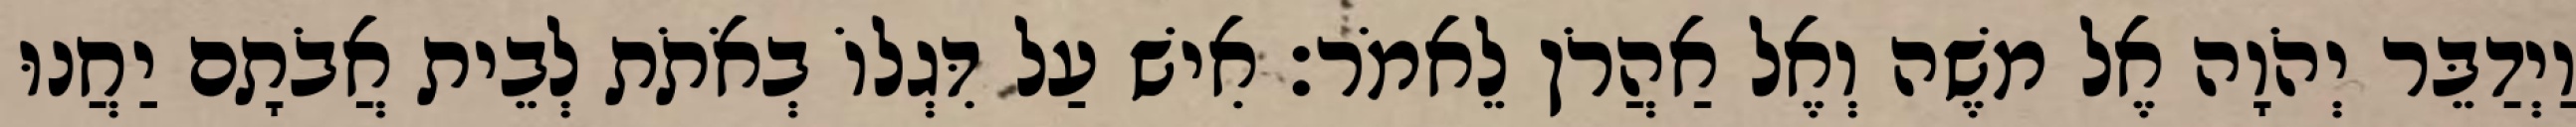
וַיְדַבֵּר יְהֹוָה אֶל משֶׁה וְאֶל אַהֲרֹן לֵאמֹר׃ אִישׁ עַל דִּגְלוֹ בְאֹתֹת לְבֵית אֲבֹתָם יַחֲנוּ